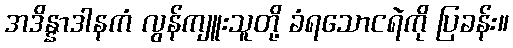
အဒိန္နာဒါနကံ လွန်ကျူးသူတို့ ခံရသောငရဲကို ပြခန်း။